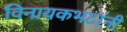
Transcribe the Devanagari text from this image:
विनायकभटांनी